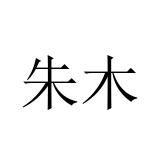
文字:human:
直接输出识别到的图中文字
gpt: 朱木